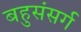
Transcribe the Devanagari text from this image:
बहुसंसर्ग